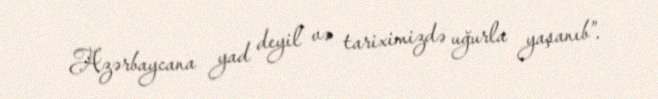
Azərbaycana yad deyil və tariximizdə uğurla yaşanıb”.